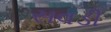
સવડી